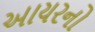
આયરનો